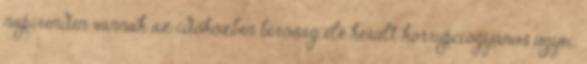
napirenden vannak az időközben bíróság elé került korrupciógyanús ügyei.